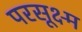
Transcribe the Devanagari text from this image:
परसूक्ष्म